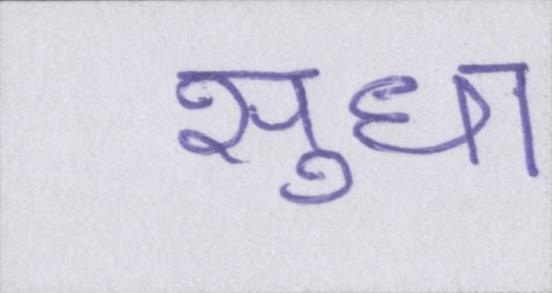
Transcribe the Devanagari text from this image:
सुधा